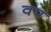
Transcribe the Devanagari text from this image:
वप